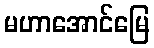
မဟာအောင်မြေ